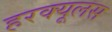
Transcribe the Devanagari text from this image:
हरक्‍यूलस